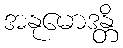
အနုမောဒန္တိ